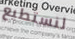
لنستطيع